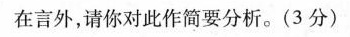
在言外，请你对此作简要分析。(3分)